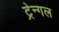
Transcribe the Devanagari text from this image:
ट्रेन्गल